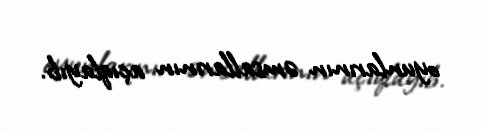
oyunlarının əmsallarının açıqlayıb.